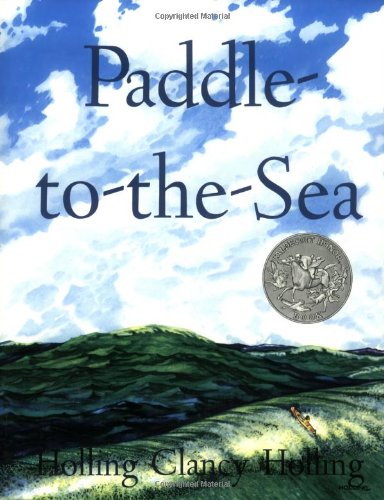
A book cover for Paddle-to-the-Sea (Sandpiper Books); Holling C. Holling; Children's Books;